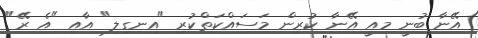
އޭނާ ބުނީ މިއީ އޭނާ ކުރިން މަސައްކަތްކުރި "އިނގިލި" އާއި "އެ ރޭ"